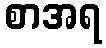
စာအရ